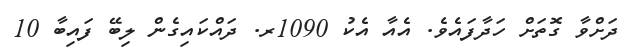
ދަށްވާ ގޮތަށް ހަދާފައެވެ. އެއާ އެކު 1090ރ. ދައްކައިގެން ލިބޭ ފައިބާ 10